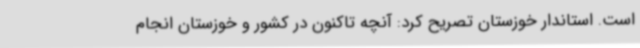
است. استاندار خوزستان تصریح کرد: آنچه تاکنون در کشور و خوزستان انجام